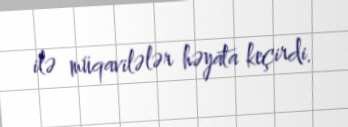
ilə müqavilələr həyata keçirdi.